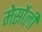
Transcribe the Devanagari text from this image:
मेर्सोली